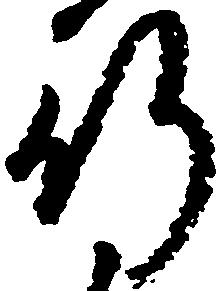
行